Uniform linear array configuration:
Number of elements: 8
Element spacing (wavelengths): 0.75
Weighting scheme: blackman
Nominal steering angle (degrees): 30
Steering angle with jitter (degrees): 30.86
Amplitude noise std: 0.05
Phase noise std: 0.05

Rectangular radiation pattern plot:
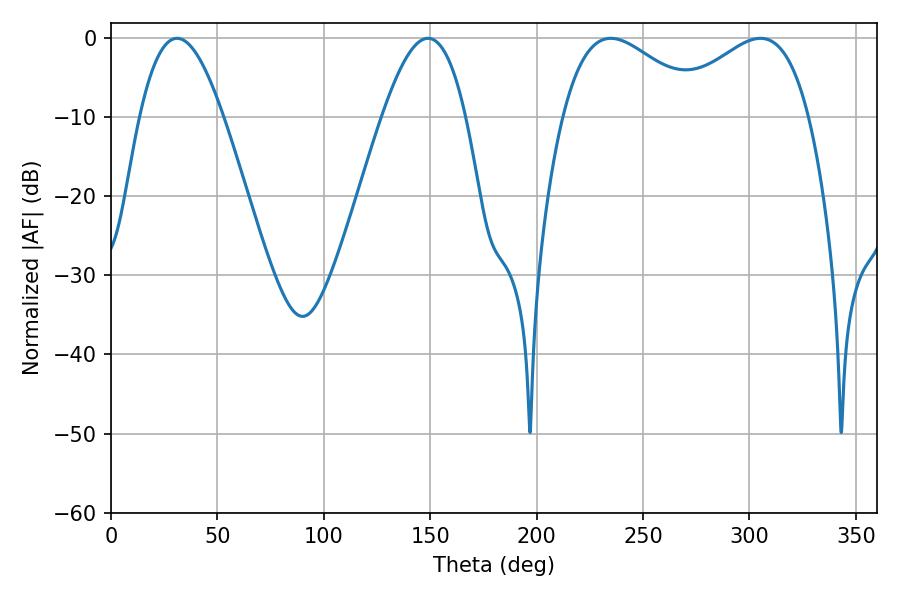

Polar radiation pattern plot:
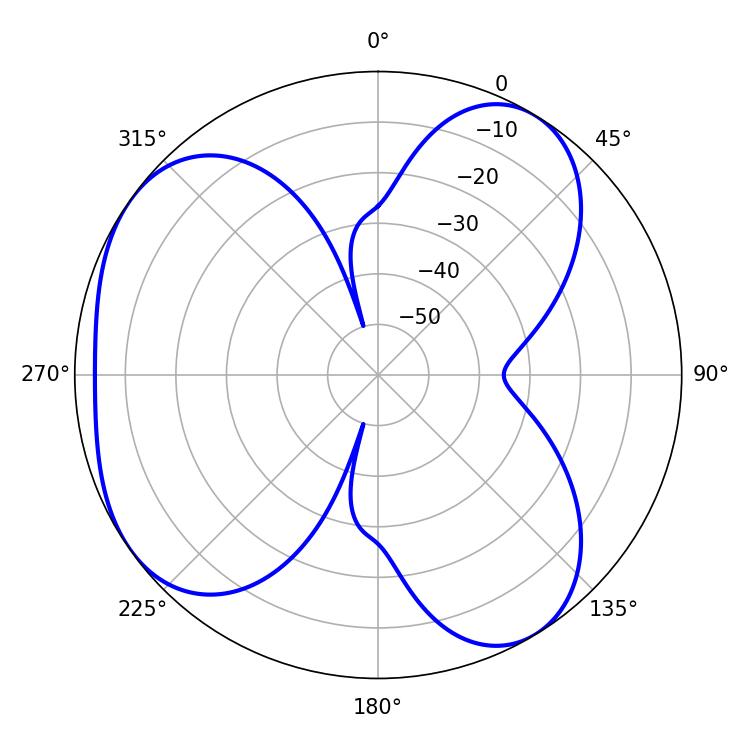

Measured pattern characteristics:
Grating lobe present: TRUE
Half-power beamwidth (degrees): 36.18
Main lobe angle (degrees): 234.9